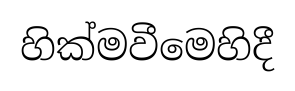
හික්මවීමෙහිදී